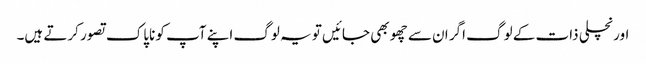
اور نچلی ذات کے لوگ اگر ان سے چھو بھی جائیں تو یہ لوگ اپنے آپ کو ناپاک تصور کرتے ہیں۔